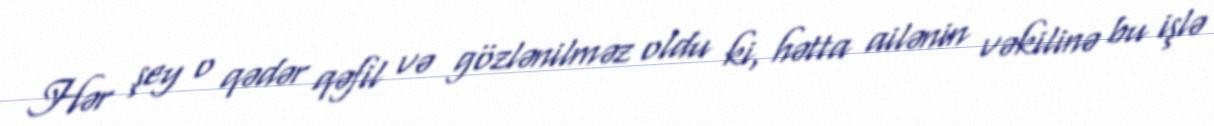
Hər şey o qədər qəfil və gözlənilməz oldu ki, hətta ailənin vəkilinə bu işlə